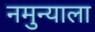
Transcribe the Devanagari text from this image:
नमुन्याला